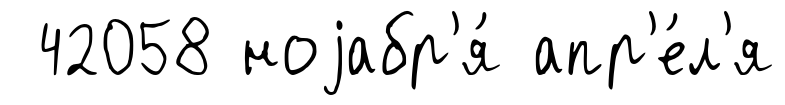
42058 ноjабр'я́ апр'е́л'я